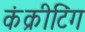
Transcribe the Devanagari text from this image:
कंक्रीटिंग